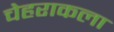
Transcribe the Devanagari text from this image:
चेहराकला